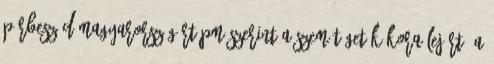
Párbeszéd Magyarországért PM szerint a szemétégetők kora lejárt: a